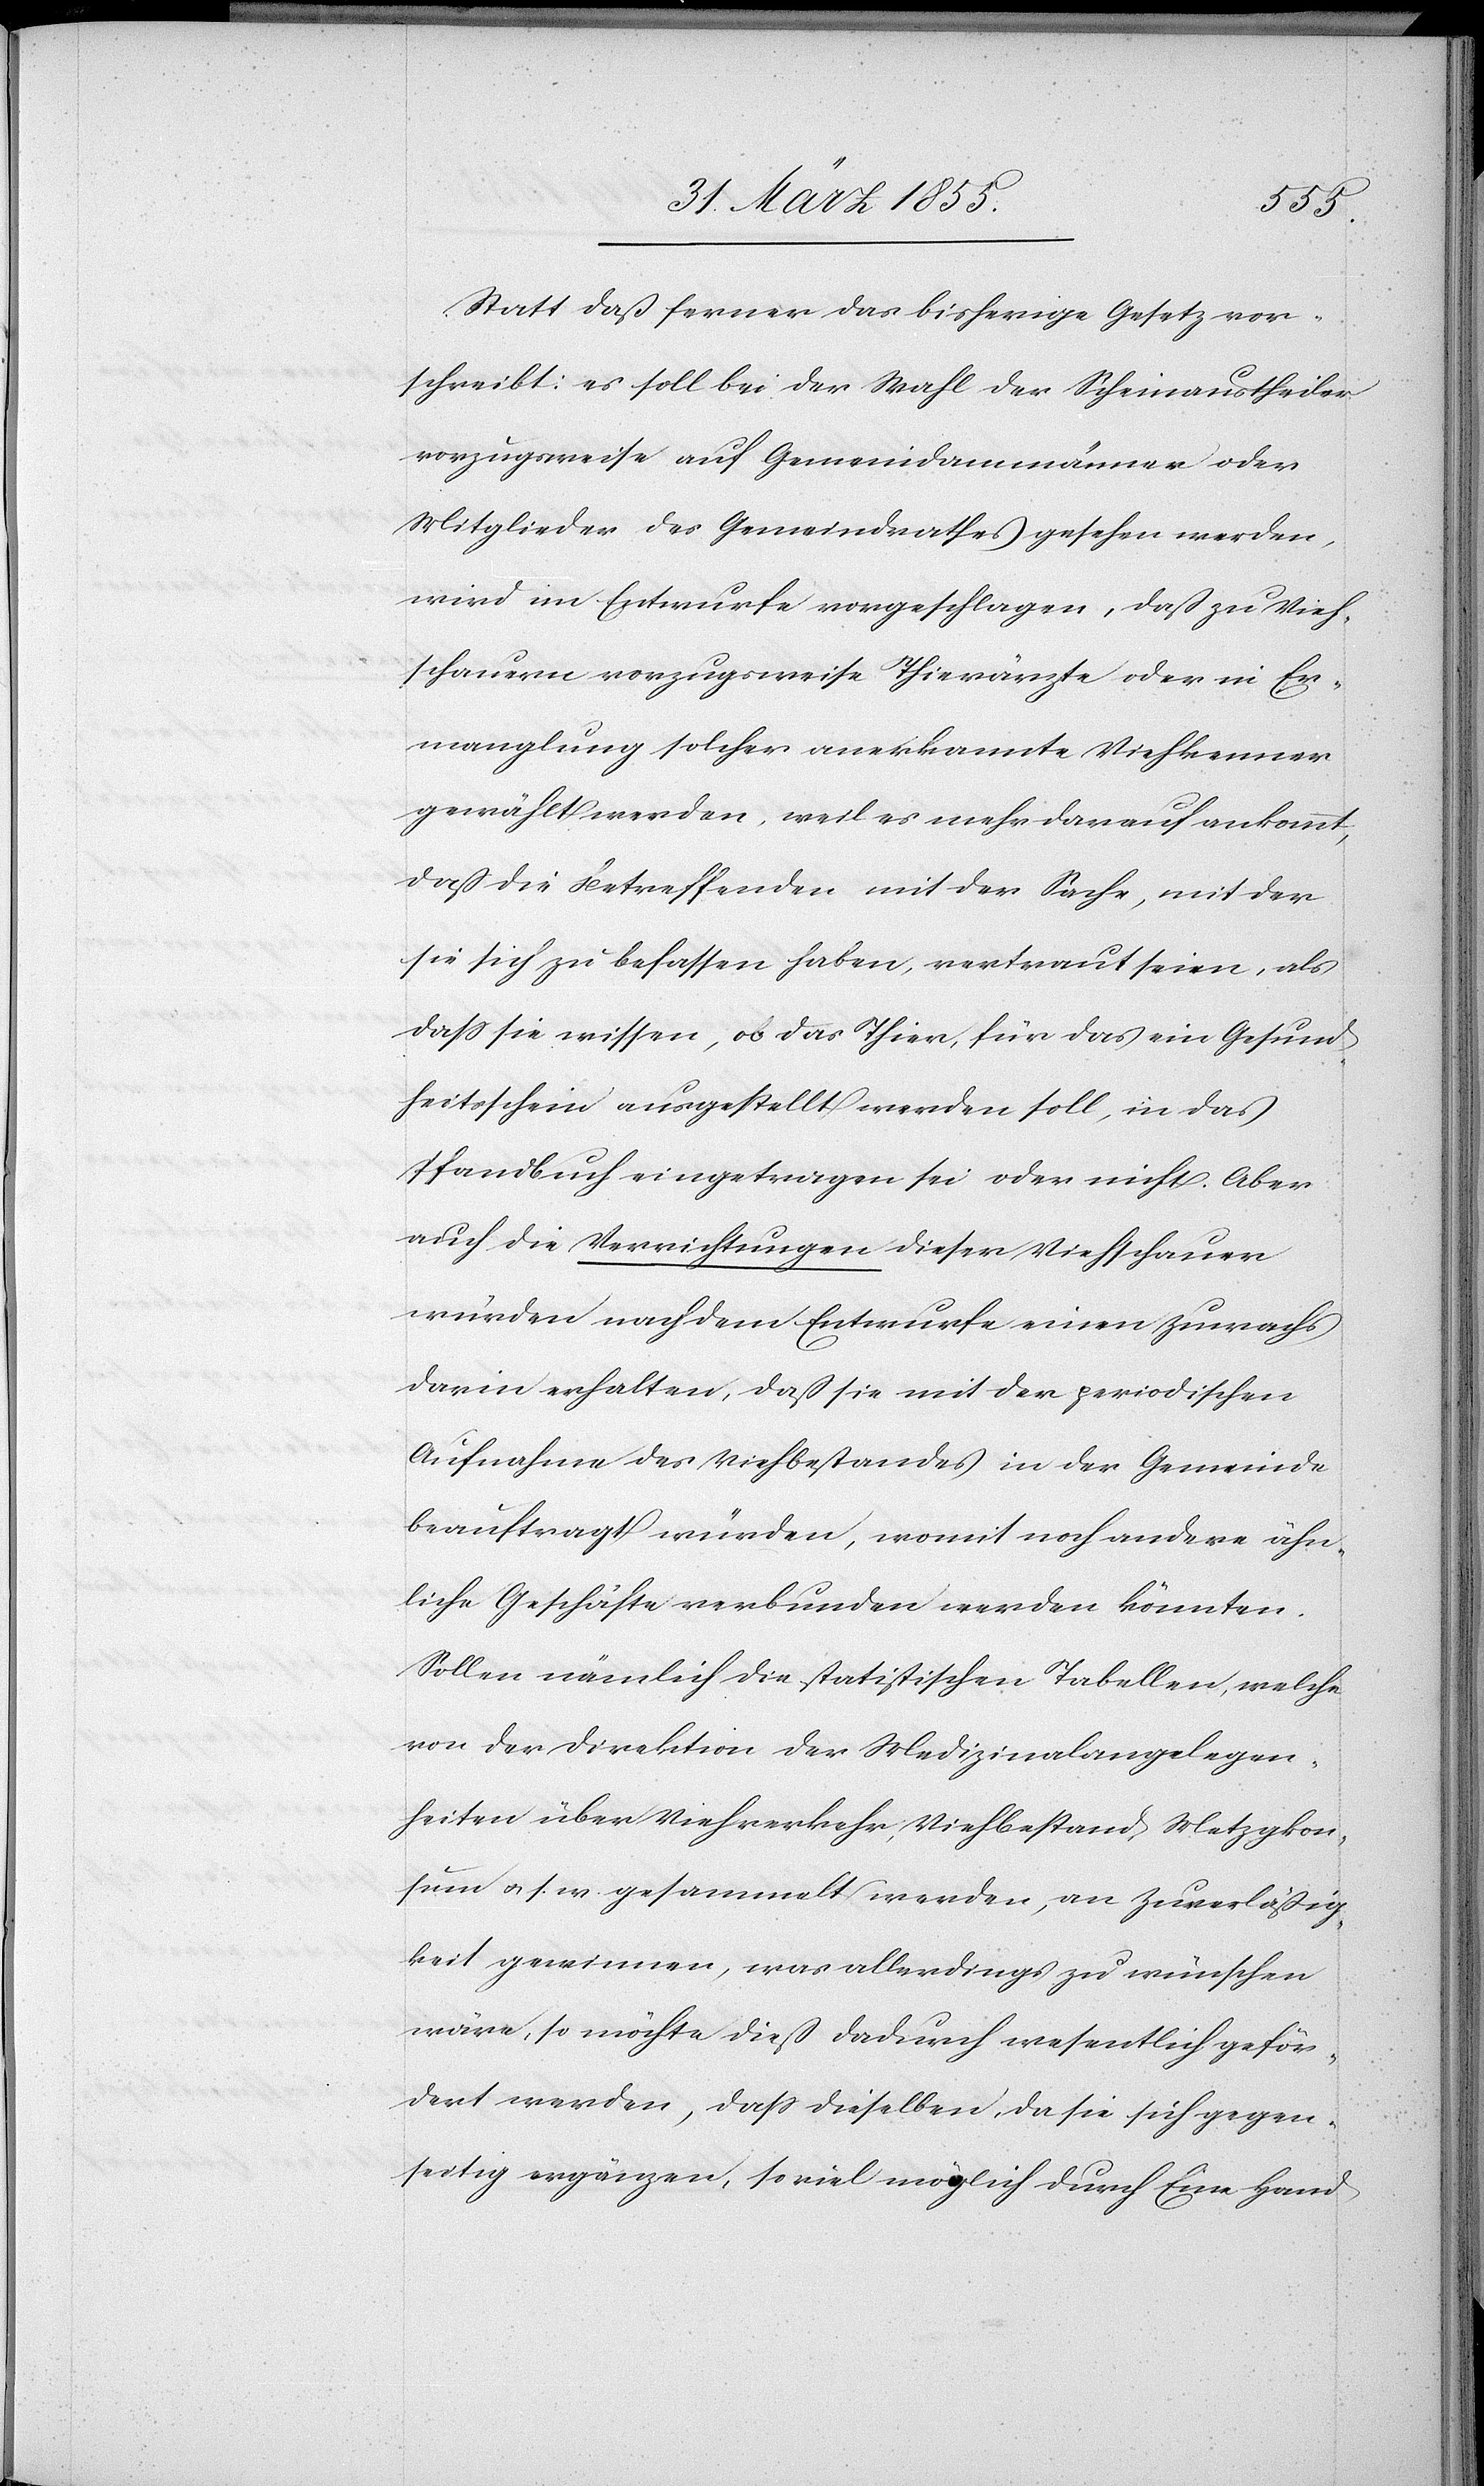
Statt daß ferner das bisherige Gesetz vor¬
schreibt: es soll bei der Wahl der Scheinaustheiler
vorzugsweise auf Gemeindammänner oder
Mitglieder des Gemeindrathes gesehen werden,
wird im Entwurfe vorgeschlagen, daß zu Vieh¬
schauern vorzugsweise Thierärzte oder in Er¬
manglung solcher anerkannte Viehkenner
gewählt werden, weil es mehr darauf ankommt,
daß die Betreffenden mit der Sache, mit der
sie sich zu befassen haben, vertraut seien, als
dass sie wissen, ob das Thier, für das ein Gesund¬
heitsschein ausgestellt werden soll, in das
Pfandbuch eingetragen sei oder nicht. Aber
auch die Verrichtungen dieser Viehschauer
würden nach dem Entwurfe einen Zuwachs
darin erhalten, daß sie mit der periodischen
Aufnahme des Viehbestandes in der Gemeinde
beauftragt würden, womit noch andere ähn¬
liche Geschäfte verbunden werden könnten.
Sollen nämlich die statistischen Tabellen, welche
von der Direktion der Medizinalangelegen¬
heiten über Viehverkehr, Viehbestand, Metzgkon¬
sum & s. w. gesammelt werden, an Zuverläßig¬
keit gewinnen, was allerdings zu wünschen
wäre, so möchte dieß dadurch wesentlich geför¬
dert werden, dass dieselben, da sie sich gegen¬
seitig ergänzen, so viel möglich durch Eine Hand